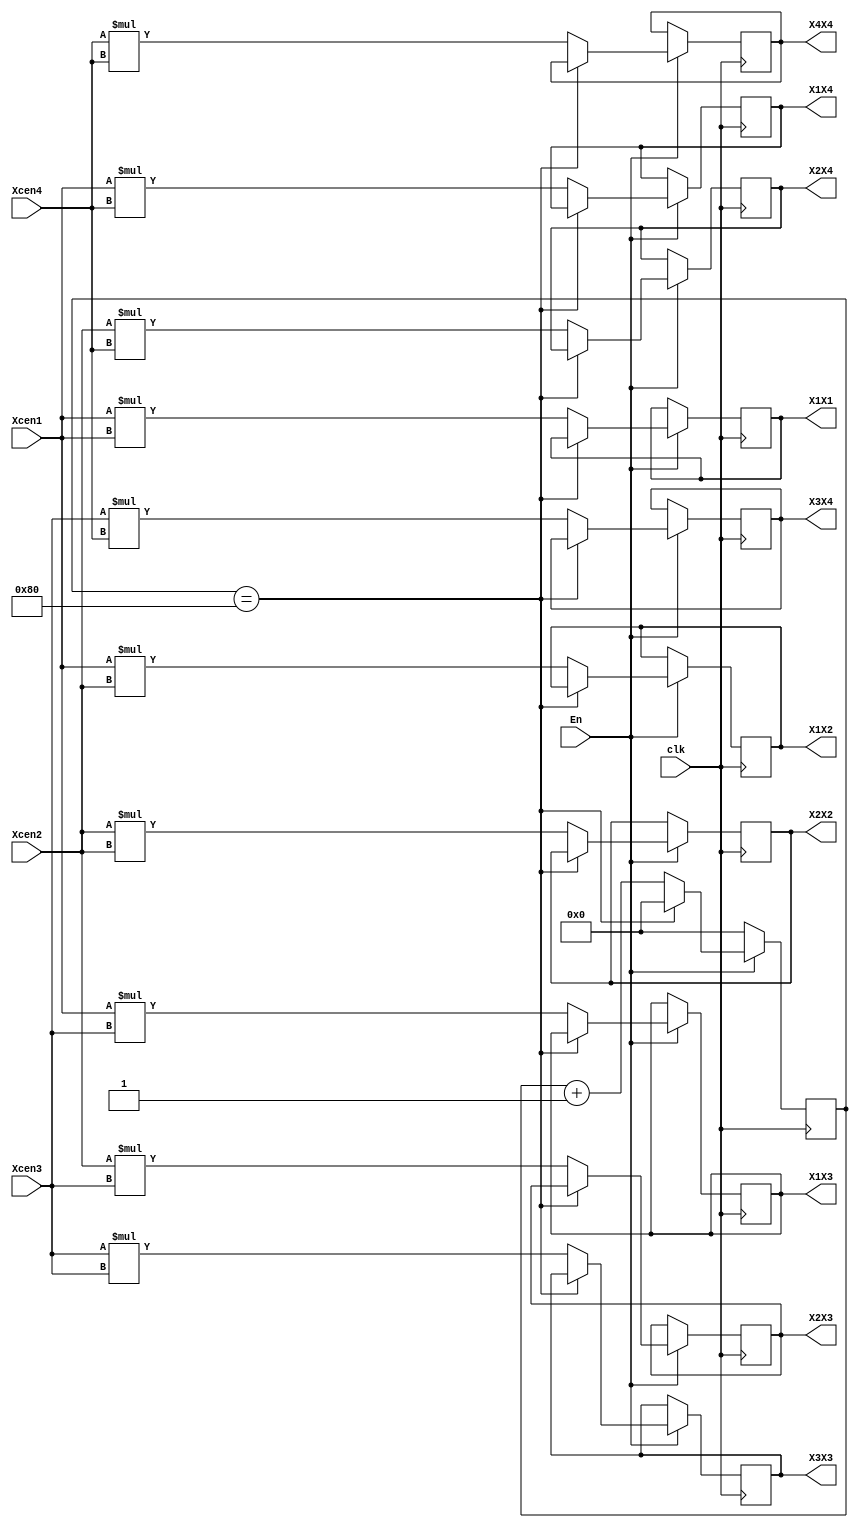
module  CovMulti(
	input wire En,
	input wire clk,
	
	input wire signed [25:0] Xcen1,
	input wire signed [25:0] Xcen2,
	input wire signed [25:0] Xcen3,
	input wire signed [25:0] Xcen4,

	output reg signed [51:0] X1X1,
	output reg signed [51:0] X1X2,
	output reg signed [51:0] X1X3,
	output reg signed [51:0] X1X4,
	//output reg signed [15:0] X2X1,
	output reg signed [51:0] X2X2,
	output reg signed [51:0] X2X3,
	output reg signed [51:0] X2X4,
	//output reg signed [15:0] X3X1,
	//output reg signed [15:0] X3X2,
	output reg signed [51:0] X3X3, 
    output reg signed [51:0] X3X4, 
	//output reg signed [15:0] X4X1,
   // output reg signed [15:0] X4X2, 
    //output reg signed [15:0] X4X3, 
    output reg signed [51:0] X4X4

); 
reg [7:0] cnt;

always @ (posedge clk) begin
	if(En) begin
		if(cnt==128) begin
			cnt<=0;
		end
		else begin 
			X1X1 <= Xcen1 * Xcen1;
			X1X2 <= Xcen1 * Xcen2;
			X1X3 <= Xcen1 * Xcen3;
			X1X4 <= Xcen1 * Xcen4;
			//X2X1<=Xcen2 * Xcen1
			X2X2 <= Xcen2 * Xcen2;
			X2X3 <= Xcen2 * Xcen3;
			X2X4 <= Xcen2 * Xcen4;
			//X3X1<=Xcen3 * Xcen1;
			//X3X2<=Xcen3 * Xcen2
			X3X3 <= Xcen3 * Xcen3;
			X3X4 <= Xcen3 * Xcen4;
			//X4X1<=Xcen4 * Xcen1
			//X4X2<=Xcen4 * Xcen2
			//X4X3<=Xcen4 * Xcen3
			X4X4 <= Xcen4 * Xcen4;
			cnt<=cnt+1'b1;
		end
	end
	else begin
		cnt<=0;
	end
end
endmodule